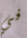
في